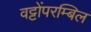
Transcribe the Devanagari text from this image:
वट्टोंपरम्बिल